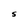
Character: S